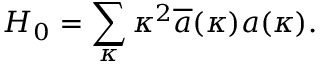
H _ { 0 } = \sum _ { \kappa } \kappa ^ { 2 } \overline { { { a } } } ( \kappa ) a ( \kappa ) .